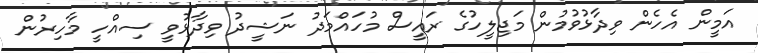
އަމީން އެހެން ވިދާޅުވުމުން މަޖިލީހުގެ ރައީސް މުހައްމަދު ނަޝީދު ވިދާޅުވީ ސިއްހީ މާހިރުން